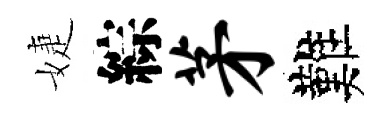
婕綜茅難